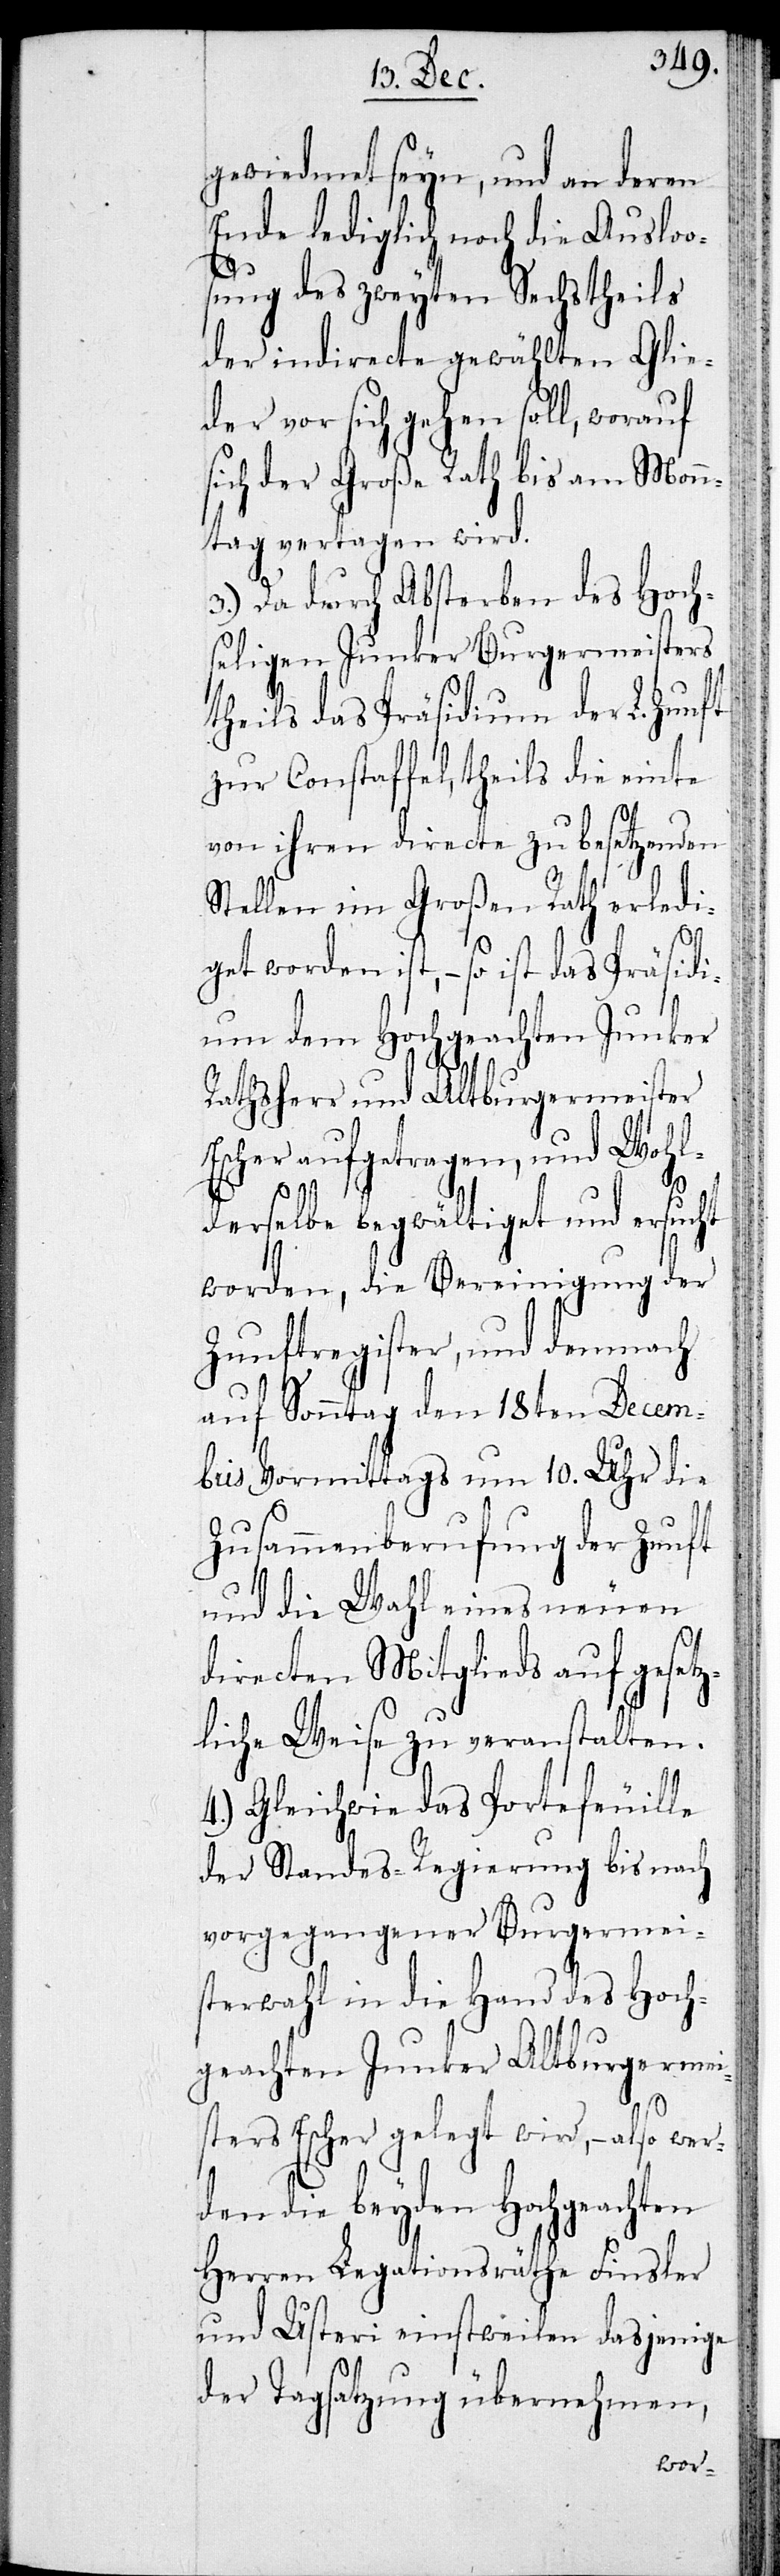
gewiedmet seyn, und an deren
Ende lediglich noch die Ausloo¬
sung des zweyten Sechstheils
der indirecte gewählten Glie¬
der vor sich gehen soll, worauf
sich der Große Rath bis am Mon¬
tag vertagen wird.
3.) Da durch Absterben des Hoch¬
seligen Junker Burgermeisters
theils das Präsidium der L. Zunft
zur Constaffel, theils die einte
von ihren directe zu besetzenden
Stellen im Großen Rath erledi¬
get worden ist, – so ist das Präsidi¬
um dem Hochgeachten Junker
Rathsherr und Altburgermeister
Escher aufgetragen, und wohl¬
derselbe begwältiget und ersucht
worden, die Bereinigung der
Zunftregister, und demnach
auf Sonntag den 18ten Decem¬
bris vormittags um 10. Uhr die
Zusammenberufung der Zunft
und die Wahl eines neuen
directen Mitglieds auf gesetz¬
liche Weise zu veranstalten.
4.) Gleichwie das Portefeuille
der Standes-Regierung bis nach
vorgegangener Burgermei¬
sterwahl in die Hand des Hoch¬
geachten Junker Altburgermei¬
ster Escher gelegt wird, – also wer¬
den die beyden Hochgeachten
Herren Legationsräthe Finsler
und Usteri einstweilen dasjenige
der Tagsatzung übernehmen,